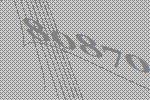
80870